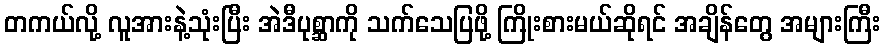
တကယ်လို့ လူအားနဲ့သုံးပြီး အဲဒီပုစ္ဆာကို သက်သေပြဖို့ ကြိုးစားမယ်ဆိုရင် အချိန်တွေ အများကြီး